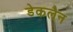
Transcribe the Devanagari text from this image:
डेकलैन